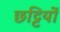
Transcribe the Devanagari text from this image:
छट्टियों